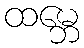
ထမ္ဘေ